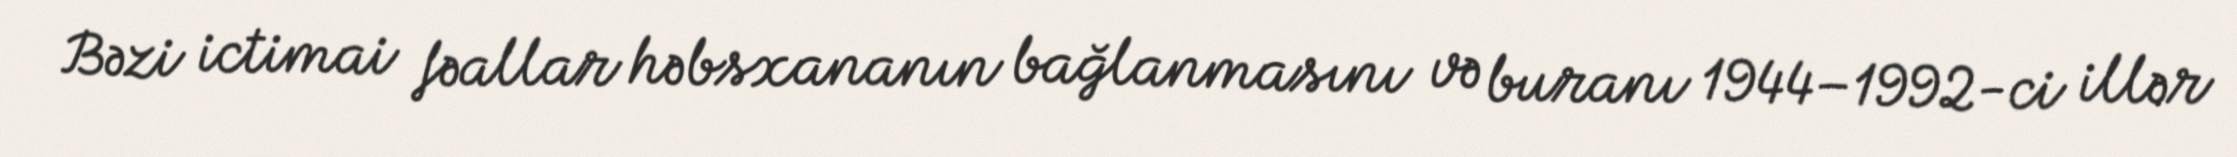
Bəzi ictimai fəallar həbsxananın bağlanmasını və buranı 1944–1992-ci illər